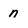
Character: n